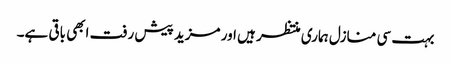
بہت سی منازل ہماری منتظر ہیں اور مزید پیش رفت ابھی باقی ہے۔